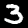
Label: 3